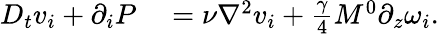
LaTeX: \begin{array}{rl}{D_{t}v_{i}+\partial_{i}P}&{{}=\nu\nabla^{2}v_{i}+\frac{\gamma}{4}M^{0}\partial_{z}\omega_{i}.}\end{array}